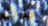
حدث